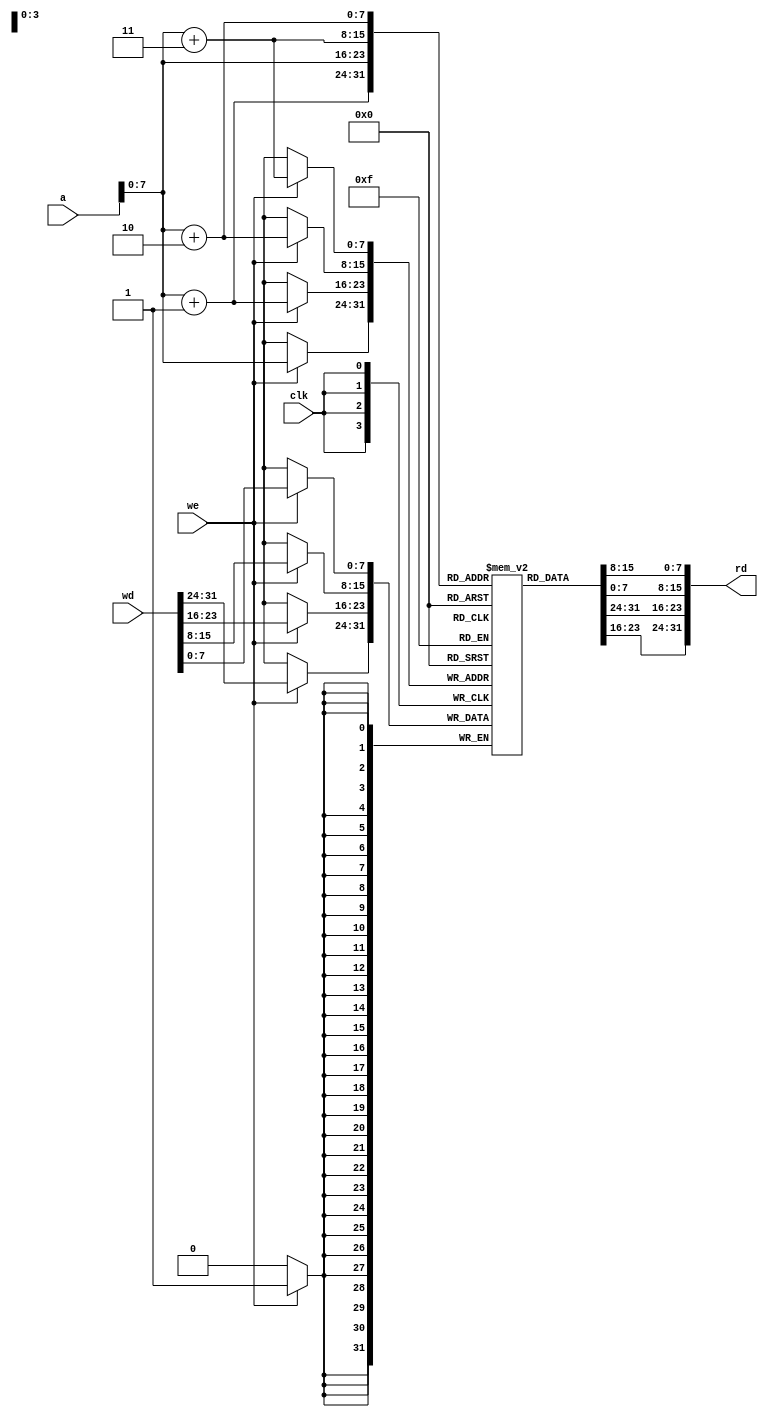
module dmem(input  clk, we,
            input  [31:0] a, wd,
            output [31:0] rd);

  reg [7:0] RAM[0:255];   // no es [0:71] [31:0] [63:0]       aaaaaaaaaa aaaaaaaaaaaaa aaaaaaaaaaa aaaaaaaaaa

  assign rd = {RAM[a],RAM[a+1],RAM[a+2],RAM[a+3]}; // word aligned

  always @(posedge clk)
    if (we)
      {RAM[a],RAM[a+1],RAM[a+2],RAM[a+3]} <= wd;
endmodule